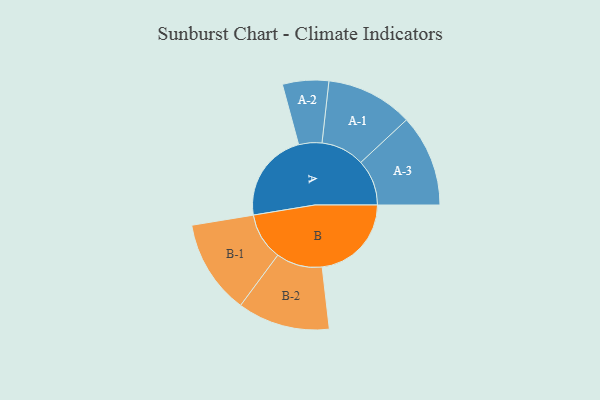
{"axis": {"x": "Segment", "y": "Value"}, "legend": ["", "A", "B"], "data": [{"x": "A", "y": 433, "type": ""}, {"x": "B", "y": 429, "type": ""}, {"x": "A-1", "y": 209, "type": "A"}, {"x": "A-2", "y": 111, "type": "A"}, {"x": "A-3", "y": 221, "type": "A"}, {"x": "B-1", "y": 227, "type": "B"}, {"x": "B-2", "y": 222, "type": "B"}]}